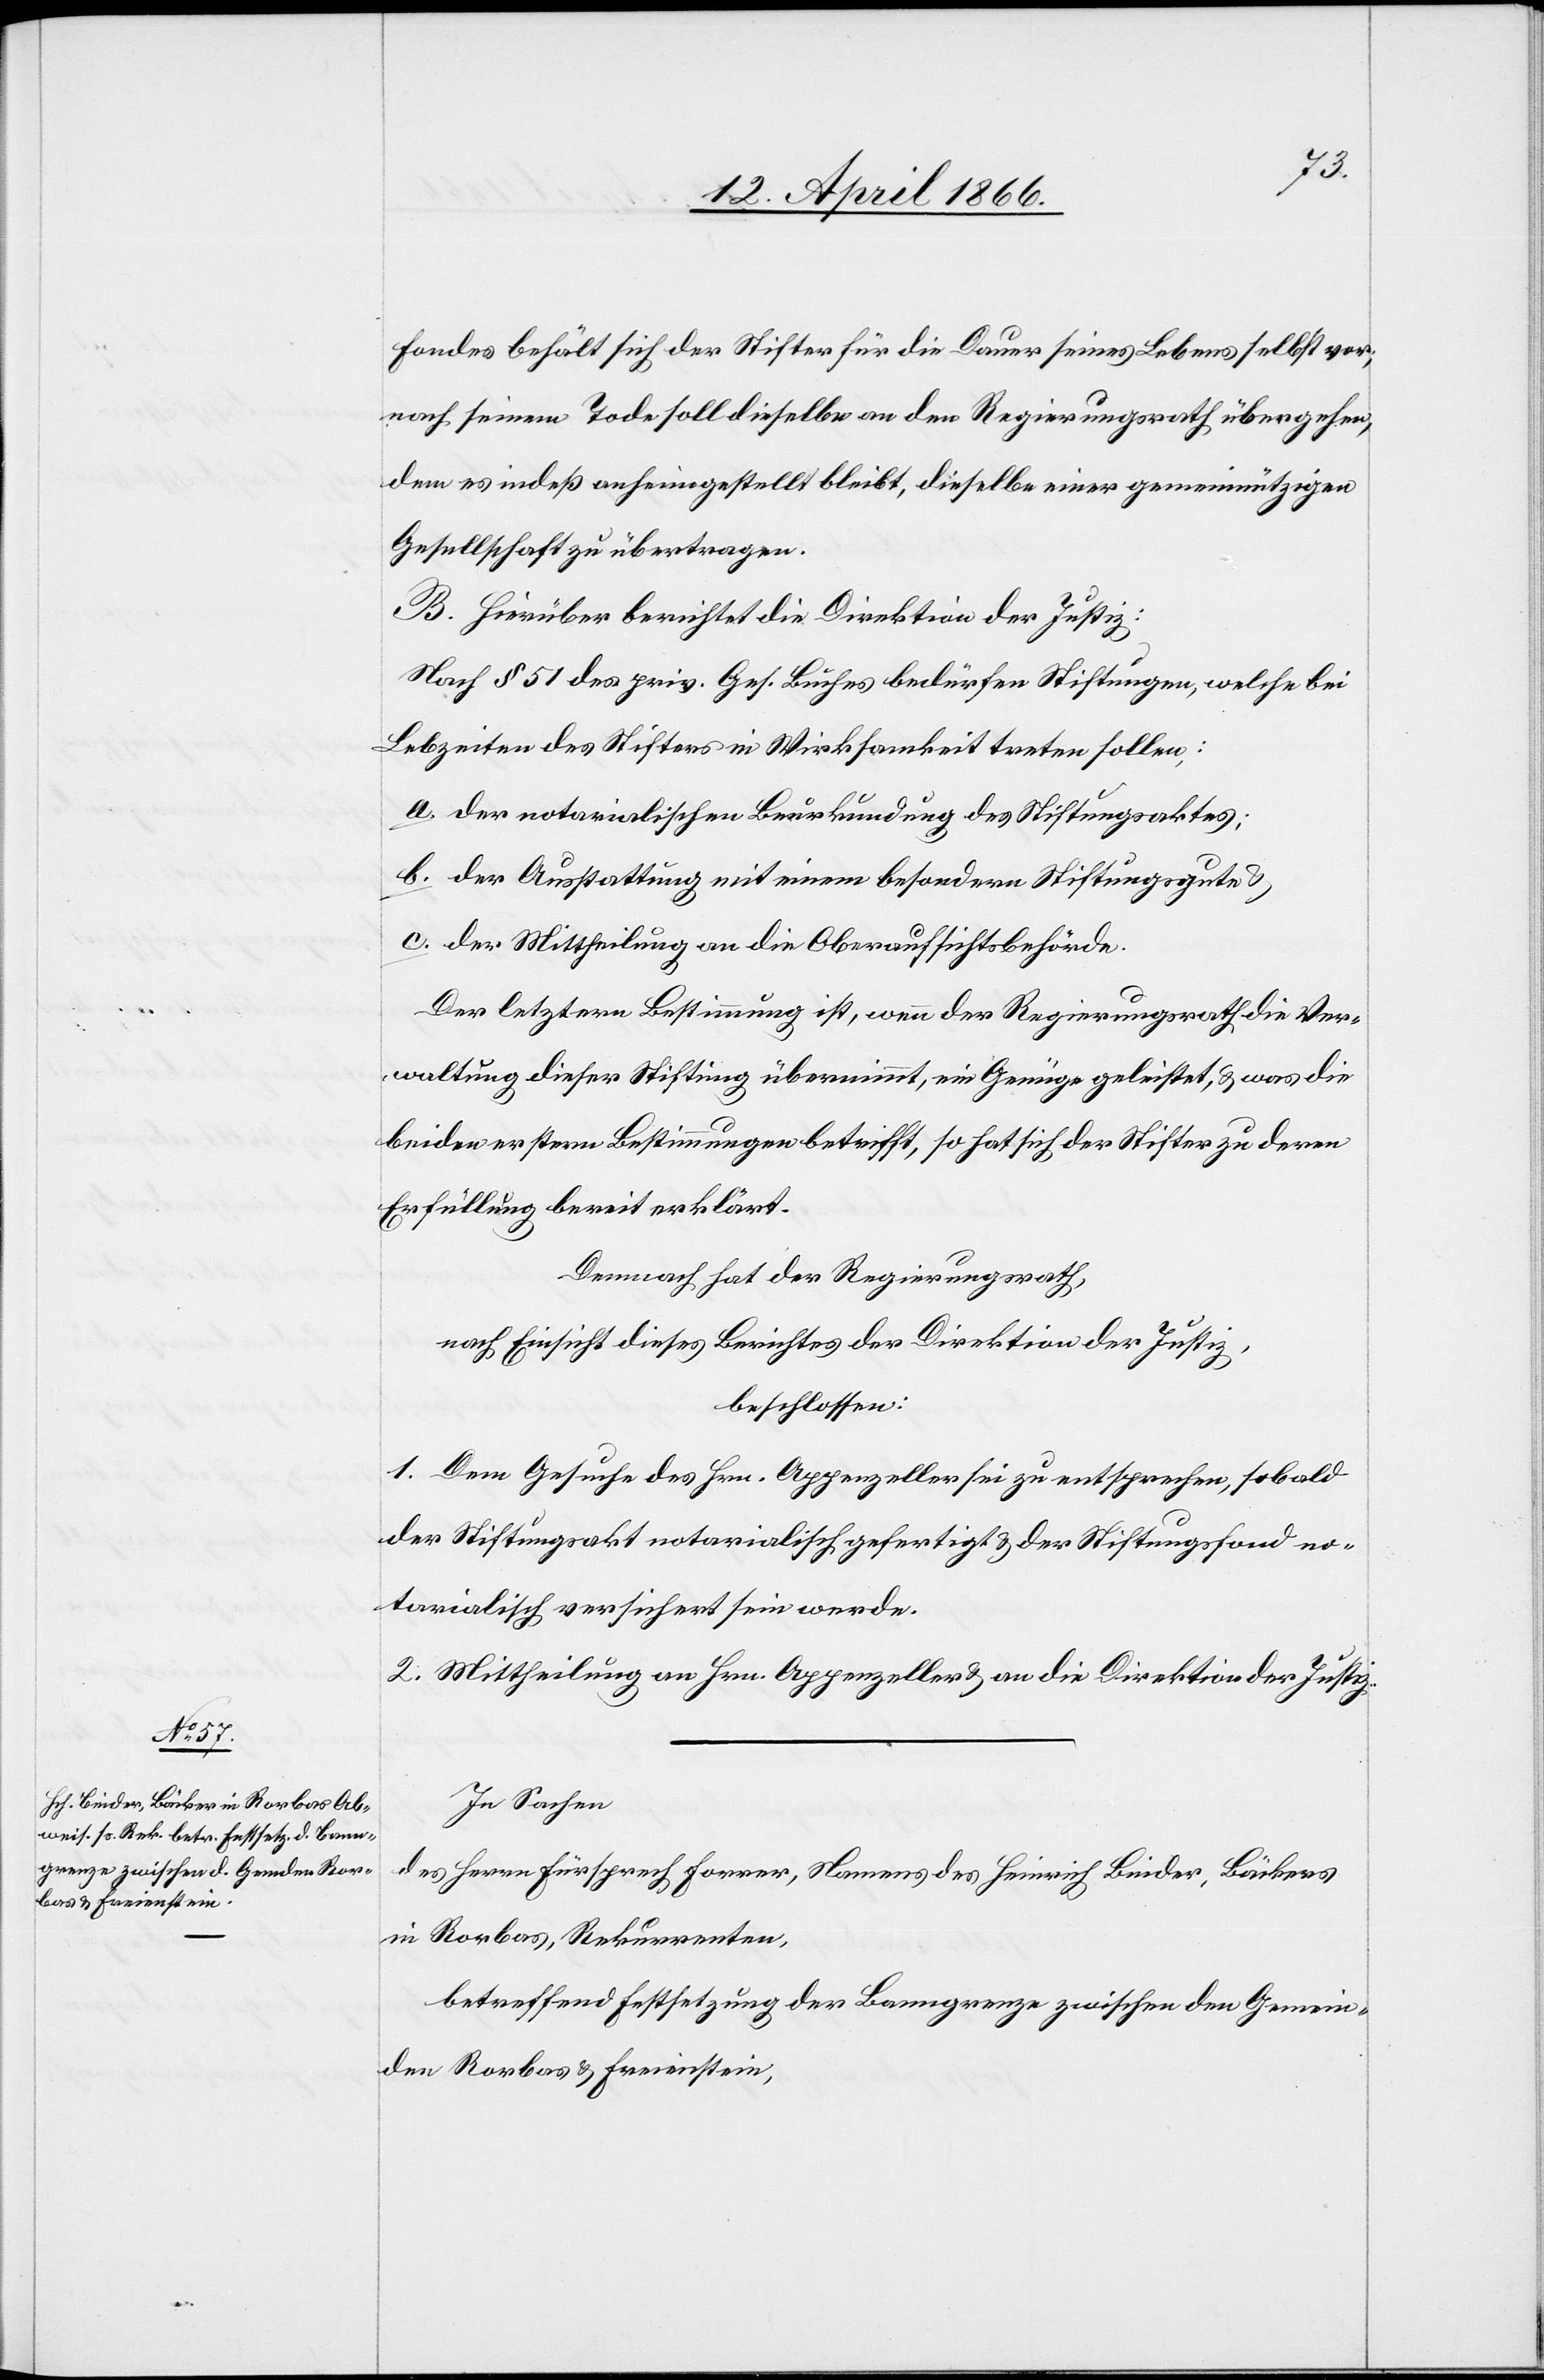
Fondes behält sich der Stifter für die Dauer seines Lebens selbst vor;
nach seinem Tode solle dieselbe an den Regierungsrath übergehen,
dem es indeß anheimgestellt bleibt, dieselbe einer gemeinnützigen
Gesellschaft zu übertragen.
B. Hierüber berichtet die Direktion der Justiz:
Nach § 51 des priv. Ges. Buches bedürfen Stiftungen, welche bei
Lebzeiten des Stifters in Wirksamkeit treten sollen:
a. der notarialischen Beurkundung des Stiftungsaktes;
b. der Ausstattung mit einem besondern Stiftungsgute;
c. der Mittheilung an die Oberaufsichtsbehörde.
Der letztern Bestimmung ist, wenn der Regierungsrath die Ver¬
waltung dieser Stiftung übernimmt, ein Genüge geleistet, u. was die
beiden erstern Bestimmungen betrifft, so hat sich der Stifter zu deren
Erfüllung bereit erklärt.
Demnach hat der Regierungsrath,
nach Einsicht dieses Berichtes der Direktion der Justiz,
beschlossen:
1. Dem Gesuche des Hrn. Appenzeller sei zu entsprechen, sobald
der Stiftungsakt notarialisch gefertigt u. der Stiftungsfond no¬
tarialisch versichert sein werde.
2. Mittheilung an Hrn. Appenzeller u. an die Direktion der Justiz.
In Sachen
des Herrn Fürsprech Forrer, Namens des Heinrich Binder, Bäckers
in Rorbas, Rekurrenten,
betreffend Festsetzung der Banngrenze zwischen den Gemein¬
den Rorbas u. Freienstein,